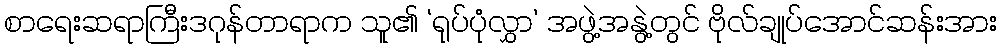
စာရေးဆရာကြီးဒဂုန်တာရာက သူ၏ ‘ရုပ်ပုံလွှာ’ အဖွဲ့အနွဲ့တွင် ဗိုလ်ချုပ်အောင်ဆန်းအား